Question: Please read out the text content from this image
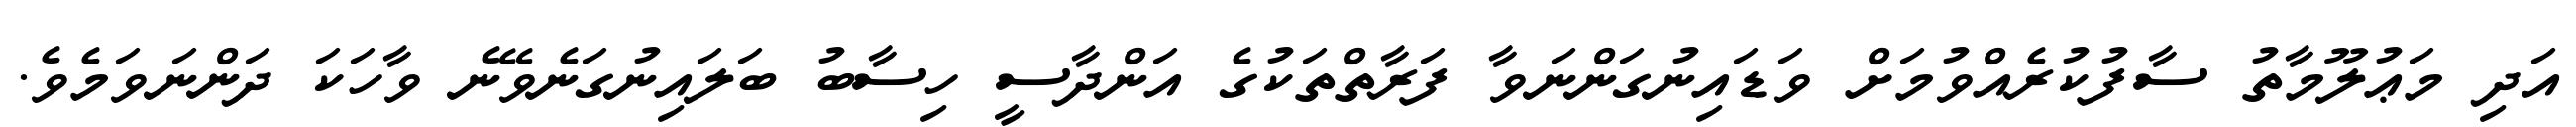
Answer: އަދި މަޢުލޫމާތު ސާފުކުރެއްވުމަށް ވަޑައިނުގަންނަވާ ފަރާތްތަކުގެ އަންދާސީ ހިސާބު ބަލައިނުގަނެވޭނެ ވާހަކަ ދަންނަވަމެވެ.